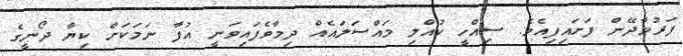
ފަރުވާދޭން ފަށައިފިއެވެ. ސިއްހީ ކުއްލި މައްސަލައެއް ދިމާވެފައިވަނީ އުފާ ނަމަކަށް ކިޔާ ދޯނީގެ